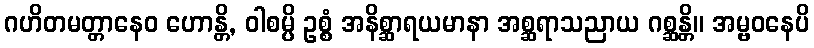
ဂဟိတမတ္တာနေဝ ဟောန္တိ, ဝါစမ္ပိ ဥစ္စံ အနိစ္ဆာရယမာနာ အစ္ဆရာသညာယ ဂစ္ဆန္တိ။ အမ္ဗဝနေပိ